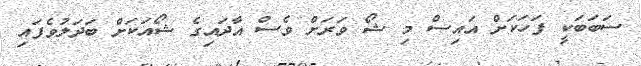
ސަބަބަކީ ފަހަކަށް އައިސް މި ޝޯ ވަރަށް ވެސް އާދައިގެ ޝޯއަކަށް ބަދަލުވެފައި